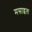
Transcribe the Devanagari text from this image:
मसाइल